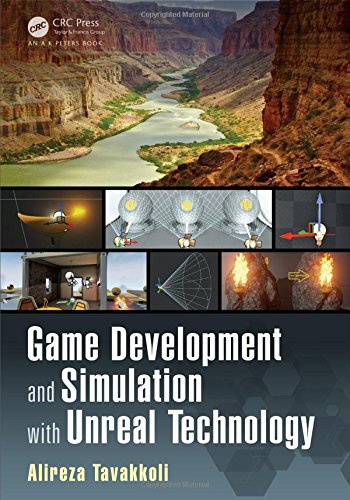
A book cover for Game Development and Simulation with Unreal Technology; Alireza Tavakkoli; Computers & Technology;